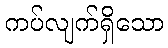
ကပ်လျက်ရှိသော